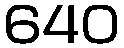
640